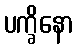
ပက္ခိနော